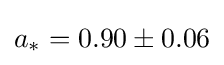
a_{*}=0.90\pm 0.06